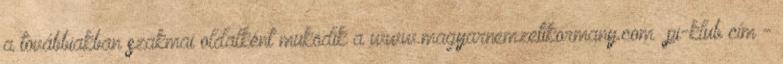
a továbbiakban szakmai oldalként müködik a www.magyarnemzetikormany.com pi-klub cím -